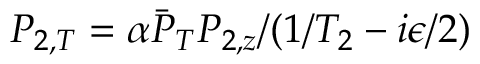
P _ { 2 , T } = \alpha \bar { P } _ { T } P _ { 2 , z } / ( 1 / T _ { 2 } - i \epsilon / 2 )